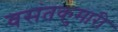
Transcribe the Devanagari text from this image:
वसंतकुमारी